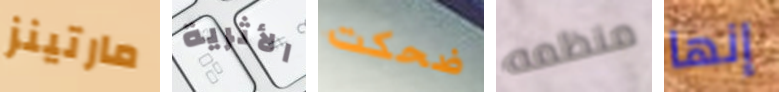
مارتينز الأثرية ضحكت منظمه إنها